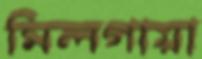
মিলগায়া